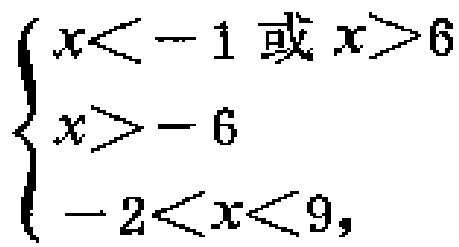
$\left\{\begin{array}{l}x < -1或x>6\\x > -6\\-2 < x < 9,\end{array}\right.$